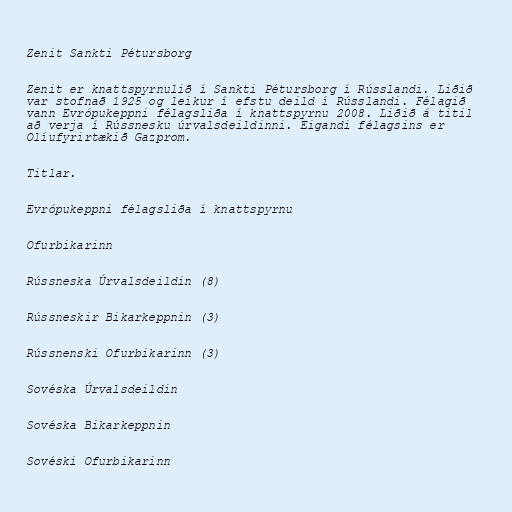
Zenit Sankti Pétursborg

Zenit er knattspyrnulið í Sankti Pétursborg í Rússlandi. Liðið
var stofnað 1925 og leikur í efstu deild í Rússlandi. Félagið
vann Evrópukeppni félagsliða í knattspyrnu 2008. Liðið á titil
að verja í Rússnesku úrvalsdeildinni. Eigandi félagsins er
Olíufyrirtækið Gazprom.

Titlar.

Evrópukeppni félagsliða í knattspyrnu

Ofurbikarinn

Rússneska Úrvalsdeildin (8)

Rússneskir Bikarkeppnin (3)

Rússnenski Ofurbikarinn (3)

Sovéska Úrvalsdeildin

Sovéska Bikarkeppnin

Sovéski Ofurbikarinn